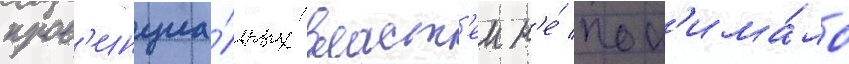
пров'инциа́льных власт'еи н'е́ пон'има́ло